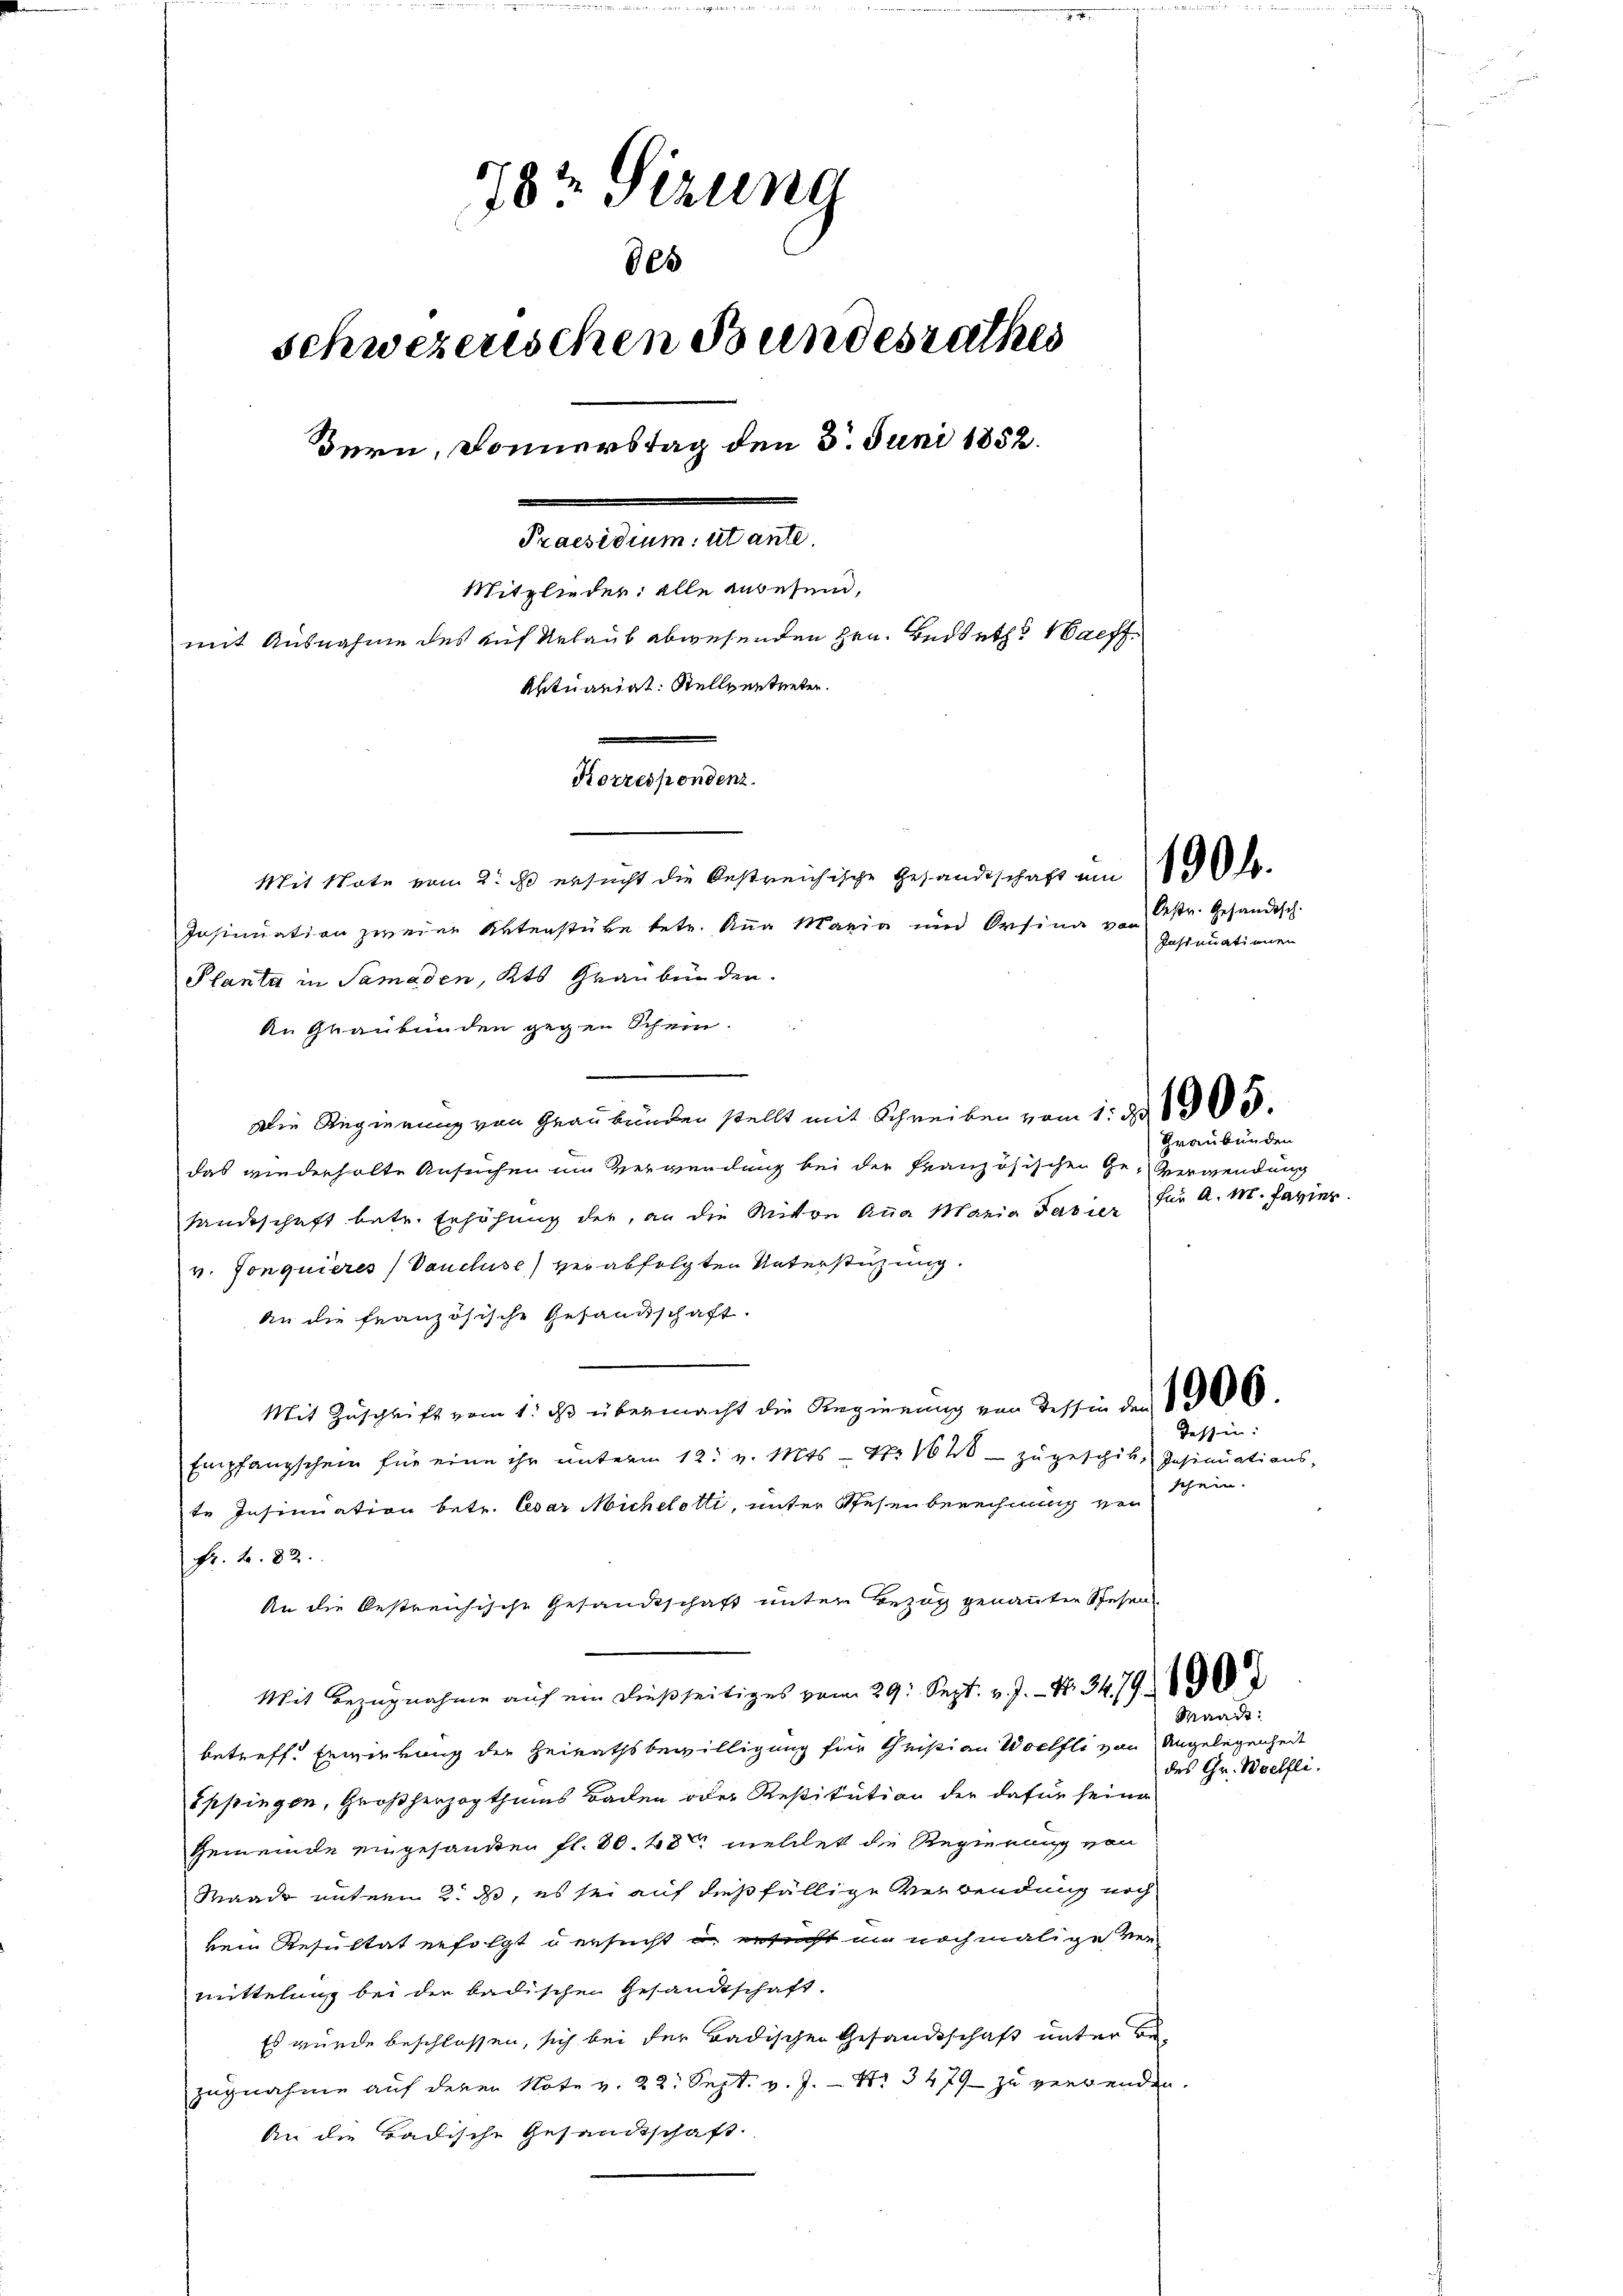
784 Sizung
865
schweizerischen Bundesrathes
Bern, Donnerstag den 5. Juni 1852.
Praesidium utante
Mitglieder: alle anwesend,
mit Ausnahme des auf Urlaub abwesenden Hrn. Bedreth Haeff¬
Aktuariat. Stellentreten.
Sanenen

Mit Note vom 2. ist ersucht die bestreichische Gesandtschaft am l
Insinuation zweien Aktenstüke betr. Anna Maria und Orsina von
Planta in Samaden, Kts Grauben der
An Graubünden gegen Schein.
Die Regierung von Graubünden stellt mit Schreiben vom 1. de 1905.
das wiederholte Ansuchen im Verwendung bei der französischen Ge-Verwendung
handeschaft betr. Erhöhung der, an die Mitten Aṅa Maria Favier für A. M. Javier
v. Gonquieres Vancluse) verabfolgten Unterstüzung.
An die französische Gesandtschaft.
Mit Zuschrift vom 1. ds übermacht die Regierung von Tessin der 1906
Empfangschein für eine ihr unterm 12. v. Mts. — No 1628 - zugespik, Insinuations-
te Insinuation betr. Cesar Micheletti, unter Spesenberechnung ver
Fr. 4. 82.
An die bestreichische Gesandtschaft unter Bezug genannten Schehen
Mit Bezugnahme auf ein dießseitiges vom 29. Sept. v. J. N. 34790
betreff. Erwirkung der Heirathsbewilligung für theisian Woclfli von Angelegenheit
Sppingen, Großherzogthums Baden oder Restitution der dafür seine
Gemeinde eingesandten fl. 30. 48 mellet die Regierung von
Waadt untern 2. ds, es sei auf dießfällige Verwendung noch
kein Resultat erfolgt u ersucht in ersucht in nochmalige Vermittelung bei der badischen Gesandtschaft.
Es wurde beschlossen, sich bei der Badischen Gesandtschaft unter Be-
zugnahme auf deren Note v. 22. Sept. v. J. - No 3479 zu verwenden.
An die Badische Gesandtschaft.

Oestr. Gesandtsch.
Insinuationen

Graubünden

Tessin:
schein.

Waadt:
des Gr. Woelfli